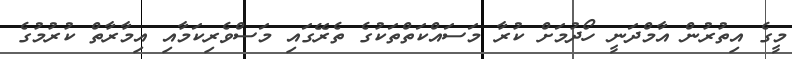
މީގެ އިތުރުން އާމްދަނީ ހޯދުމަށް ކުރާ މަސައްކަތްތަކުގެ ތެރޭގައި މަސްވެރިކަމާއި އިމާރާތް ކުރުމުގެ